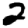
Digit: 2